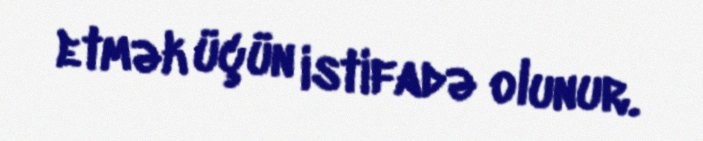
etmək üçün istifadə olunur.